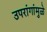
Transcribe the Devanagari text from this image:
उपरांगांमुळे